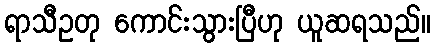
ရာသီဥတု ကောင်းသွားပြီဟု ယူဆရသည်။